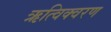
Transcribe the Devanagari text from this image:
ऋत्विक्वरण